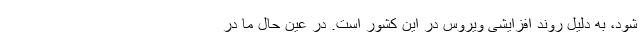
شود، به دلیل روند افزایشی ویروس در این کشور است. در عین حال ما در